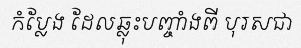
កំប្លែង ដែលឆ្លុះបញ្ចាំងពី បុរសជា